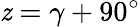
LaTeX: \mathit{z}=\gamma+90{}^{\circ}